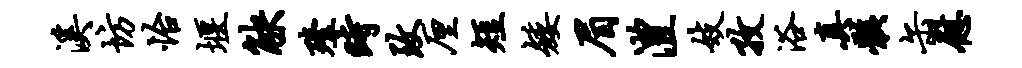
溪坊怡堰觖殪时致厘短矮眉澧妓孜浴真骸缶慰